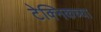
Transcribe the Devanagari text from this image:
टेक्निकच्या